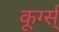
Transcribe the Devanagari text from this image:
कूर्ग्स्